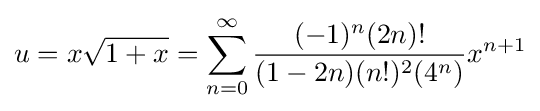
u=x{\sqrt {1+x}}=\sum _{n=0}^{\infty }{\frac {(-1)^{n}(2n)!}{(1-2n)(n!)^{2}(4^{n})}}x^{n+1}